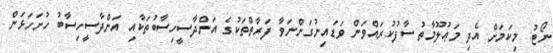
ނޯޓު: މިކަމަށް އެދި މަޢުލޫމާތު ސާފުކުރައްވަން ވަޑައިނުގަންނަވާ ފަރާތްތަކުގެ އަންދާސީހިސާބުތަކާއި އަންދާސީހިސާބު ހުށަހަޅަން